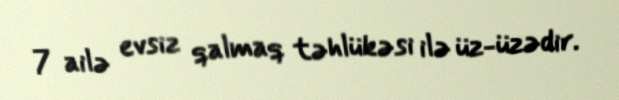
7 ailə evsiz qalmaq təhlükəsi ilə üz-üzədir.